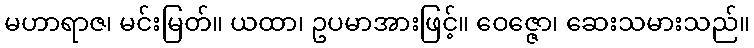
မဟာရာဇ၊ မင်းမြတ်။ ယထာ၊ ဥပမာအားဖြင့်။ ဝေဇ္ဇော၊ ဆေးသမားသည်။